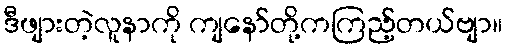
ဒီဖျားတဲ့လူနာကို ကျနော်တို့ကကြည့်တယ်ဗျာ။